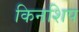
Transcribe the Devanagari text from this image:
किनशिप